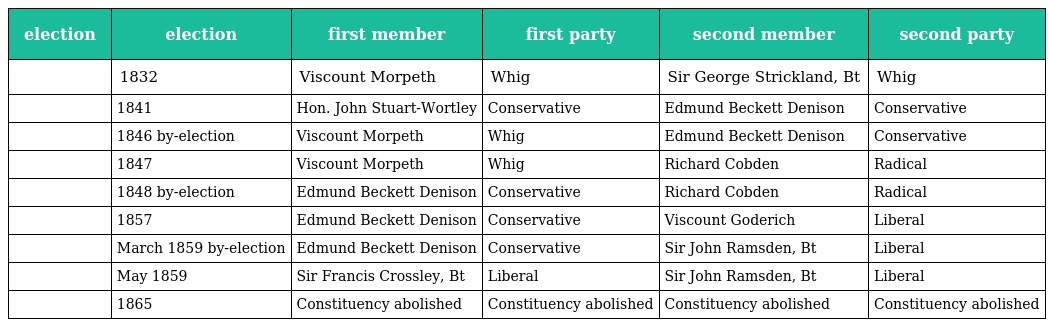
| election | election | first member | first party | second member | second party |
 | --- | --- | --- | --- | --- | --- |
 |  | 1832 | Viscount Morpeth | Whig | Sir George Strickland, Bt | Whig |
 |  | 1841 | Hon. John Stuart-Wortley | Conservative | Edmund Beckett Denison | Conservative |
 |  | 1846 by-election | Viscount Morpeth | Whig | Edmund Beckett Denison | Conservative |
 |  | 1847 | Viscount Morpeth | Whig | Richard Cobden | Radical |
 |  | 1848 by-election | Edmund Beckett Denison | Conservative | Richard Cobden | Radical |
 |  | 1857 | Edmund Beckett Denison | Conservative | Viscount Goderich | Liberal |
 |  | March 1859 by-election | Edmund Beckett Denison | Conservative | Sir John Ramsden, Bt | Liberal |
 |  | May 1859 | Sir Francis Crossley, Bt | Liberal | Sir John Ramsden, Bt | Liberal |
 |  | 1865 | Constituency abolished | Constituency abolished | Constituency abolished | Constituency abolished |